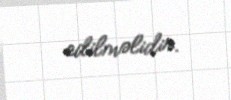
edilməlidir.